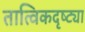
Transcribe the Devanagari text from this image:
तात्विकदृष्ट्या